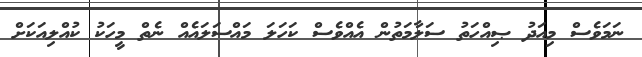
ނަމަވެސް މިއަދު ޞިއްހަތު ސަލާމަތުން އެއްވެސް ކަހަލަ މައްސަލައެއް ނެތް މީހަކު ކުއްލިއަކަށް